Scientific memoirs by medical officers of the Army of India - Part XII,
Year: 1901
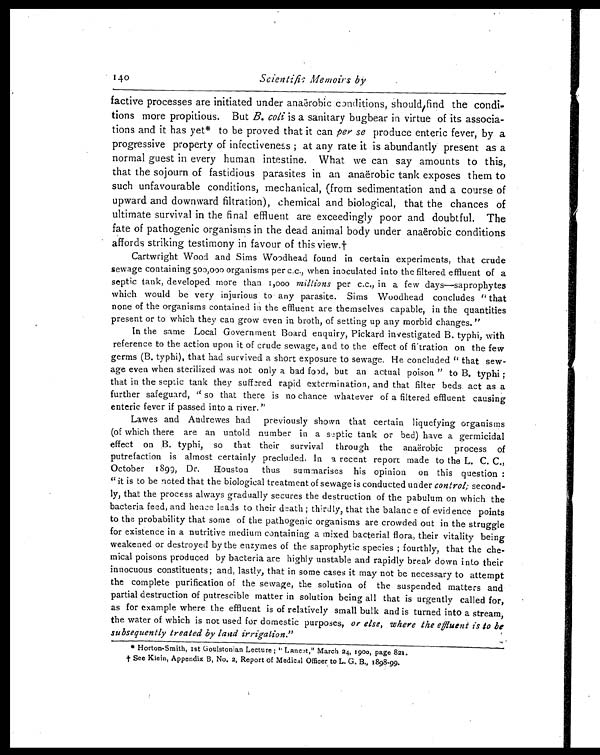
Scientific Memoirs by
factive processes are initiated under anaërobic conditions, should, find the condi
-tions more propitious. But B. coli is a sanitary bugbear in virtue of its associa
-tions and it has yet* to be proved that it can per se produce enteric fever, by a
progressive property of infectiveness; at any rate it is abundantly present as a
normal guest in every human intestine. What we can say amounts to this,
that the sojourn of fastidious parasites in an anaërobic tank exposes them to
such unfavourable conditions, mechanical, (from sedimentation and a course of
upward and downward filtration), chemical and biological, that the chances of
ultimate survival in the final effluent are exceedingly poor and doubtful. The
fate of pathogenic organisms in the dead animal body under anaërobic conditions
affords striking testimony in favour of this view.†
Cartwright Wood and Sims Woodhead found in certain experiments, that crude
sewage containing 500,000 organisms per c.c., when inoculated into the filtered effluent of a
septic tank, developed more than 1,000 millions per c.c., in a few days—saprophytes
which would be very injurious to any parasite. Sims Woodhead concludes "that
none of the organisms contained in the effluent are themselves capable, in the quantities
present or to which they can grow even in broth, of setting up any morbid changes."
In the same Local Government Board enquiry, Pickard investigated B. typhi, with
reference to the action upon it of crude sewage, and to the effect of fitration on the few
germs (B. typhi), that had survived a short exposure to sewage. He concluded "that sew
- a g e e v e n w h e n s t e r i l i z e d w a s n o t o n l y a b a d f o o d , b u t a n a c t u a l p o i s o n " t o B . t y p h i ;
that in the septic tank they suffred rapid extermination, and that filter beds act as a
further safeguard, "so that there is no chance whatever of a filtered effluent causing
enteric fever if passed into a river."
Lawes and Andrewes had previously shown that certain liquefying organisms
(of which there are an untold number in a septic tank or bed) have a germicidal
effect on B. typhi, so that their survival through the anaërobic process of
putrefaction is almost certainly precluded. In a recent report made to the L. C. C.,
October 1899, Dr. Houston thus summarises his opinion on this question:
"it is to be noted that the biological treatment of sewage is conducted under control; second
- l y , t h a t t h e p r o c e s s a l w a y s g r a d u a l l y s e c u r e s t h e d e s t r u c t i o n o f t h e p a b u l u m o n w h i c h t h e
bacteria feed, and hence leads to their death; thirdly, that the balance of evidence points
to the probability that some of the pathogenic organisms are crowded out in the struggle
for existence in a nutritive medium containing a mixed bacterial flora, their vitality being
weakened or destroyed by the enzymes of the saprophytic species; fourthly, that the che
- m i c a l p o i s o n s p r o d u c e d b y b a c t e r i a a r e h i g h l y u n s t a b l e a n d r a p i d l y b r e a k d o w n i n t o t h e i r
innocuous constituents; and, lastly, that in some cases it may not be necessary to attempt
the complete purification of the sewage, the solution of the suspended matters and
partial destruction of putrescible matter in solution being all that is urgently called for,
as for example where the effluent is of relatively small bulk and is turned into a stream,
the water of which is not used for domestic purposes, or else, where the effluent is to be
subsequently treated by land irrigation. "
* Horton-Smith, 1st Goulstonian Lecture; "Lancet," March 24, 1900, page 821.
† See Klein, Appendix B, No. 2, Report of Medical Officer to L. G. B., 1898-99.
140